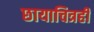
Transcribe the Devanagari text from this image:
छायाचित्रही